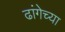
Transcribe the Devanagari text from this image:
ढांगेच्या